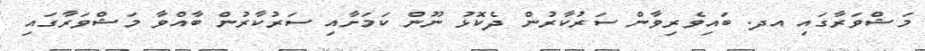
މަޝްވަރާގައި އދ. ބައިވެރިވާން ސަރުކާރުން ދެކޮޅު ނޫން ކަމަށާއި ސަރުކާރުން ބާއްވާ މަޝްވަރާގައި